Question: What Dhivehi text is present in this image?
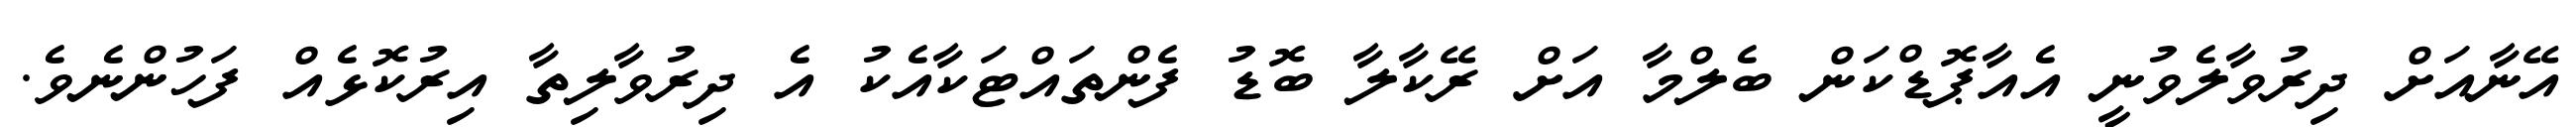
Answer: އޭނާއަށް ދިރުވާލެވުނީ އެއާޕޮޑްކަން ބެލްމާ އަށް ރޭކާލާ ބޮޑު ފެންތައްޓަކާއެކު އެ ދިރުވާލިތާ އިރުކޮޅެއް ފަހުންނެވެ.